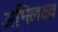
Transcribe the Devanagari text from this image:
अभिलक्ष्य